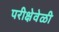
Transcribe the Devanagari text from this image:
परीक्षेवेळी